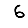
Digit: 6